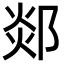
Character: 郯